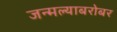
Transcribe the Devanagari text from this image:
जन्मल्याबरोबर